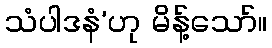
သံပါဒနံ’ဟု မိန့်သော်။